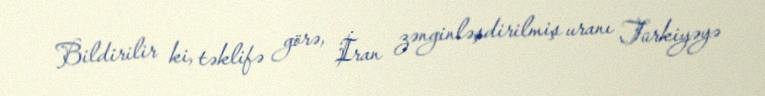
Bildirilir ki, təklifə görə, İran zənginləşdirilmiş uranı Türkiyəyə